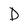
Character: D